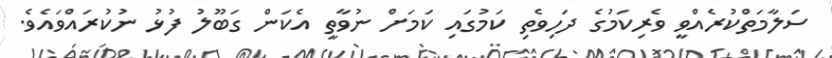
ސަލާމަތްކުރެއްވީ ވެރިކަމުގެ ދަހިވެތި ކަމުގައި ކަމަށް ނުވާތީ އެކަން ގަބޫލު ފުޅު ނުކުރައްވައެވެ.